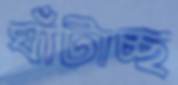
ঘাঁটাচ্ছ